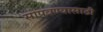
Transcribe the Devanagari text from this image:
सोपवण्यासाठी